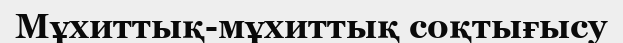
Мұхиттық-мұхиттық соқтығысу